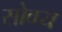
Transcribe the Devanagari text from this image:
सोवय